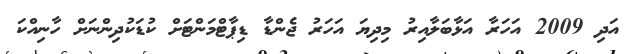
އަދި 2009 އަހަރާ އަޅާބަލާއިރު މިދިޔަ އަހަރު ޖެންޑާ ޑިޕާޓްމަންޓަށް ކުޑަކުދިންނަށް ހާނިއްކަ